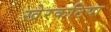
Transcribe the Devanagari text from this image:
खेरकटिया